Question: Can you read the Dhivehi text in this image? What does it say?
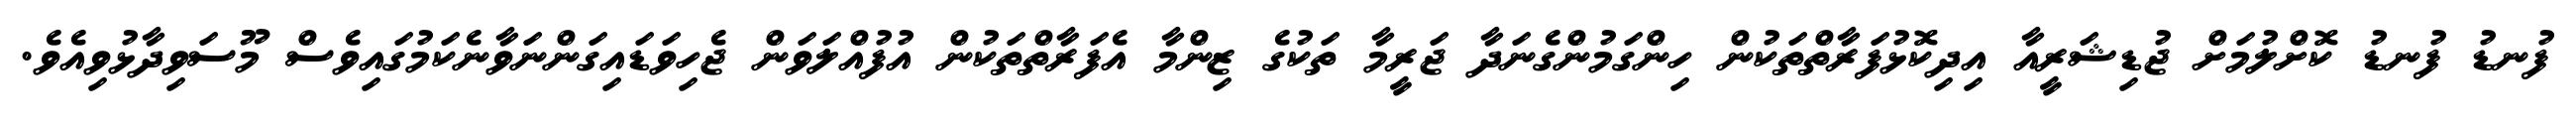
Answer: ފުނޑު ފުނޑު ކޮށްލުމަށް ޖުޑިޝަރީއާ އިދިކޮޅުފަރާތްތަކުން ހިންގަމުންގެނަދާ ޖަރީމާ ތަކުގެ ޒިންމާ އެފަރާތްތަކުން އުފުއްލަވަން ޖެހިވަޑައިގަންނަވާނެކަމުގައިވެސް މޫސަވިދާޅުވިއެވެ.